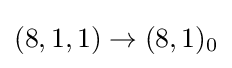
(8,1,1)\rightarrow (8,1)_{0}